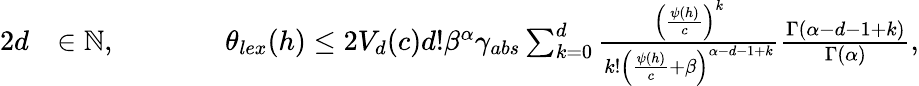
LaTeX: \begin{array}{rlrl}{{2}d}&{\in\mathbb{N},\qquad}&&{\theta_{lex}(h)\leq 2V_{d}(c)d!\beta^{\alpha}\gamma_{abs}\sum_{k=0}^{d}\frac{\left(\frac{\psi(h)}{c}\right)^{k}}{k!\left(\frac{\psi(h)}{c}+\beta\right)^{\alpha-d-1+k}}\frac{\Gamma(\alpha-d-1+k)}{\Gamma(\alpha)},}\end{array}